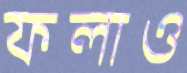
ফলাও